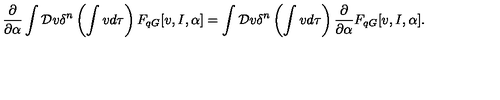
\frac { \partial } { \partial \alpha } \int { \cal D } v \delta ^ { n } \left( \int v d \tau \right) F _ { q G } [ v , I , \alpha ] = \int { \cal D } v \delta ^ { n } \left( \int v d \tau \right) \frac { \partial } { \partial \alpha } F _ { q G } [ v , I , \alpha ] .